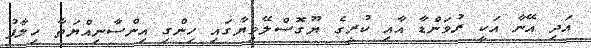
އަދި އޭނާ އަކީ ރުވަންޑާ އާއި ކުރީގެ ޔޫގޮސްލޭވިޔާގައި ހިންގި އިންސާނިއްޔަތާ ހިލާފު